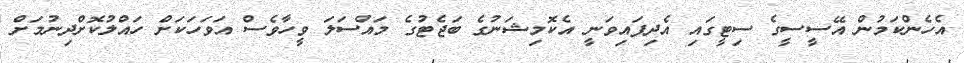
އެހެންކަމުން އޭސީސީގެ ސިޓީގައި އެދިފައިވަނީ އެކޮމިޝަނުގެ ބަޖެޓުގެ މައްސަލަ ވީހާވެސް އަވަހަކަށް ހައްލުކޮށްދިނުމަށް